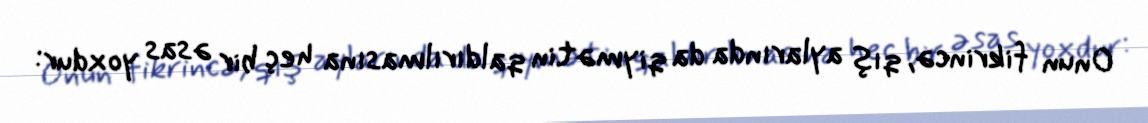
Onun fikrincə, qış aylarında da qiymətin qaldırılmasına heç bir əsas yoxdur: